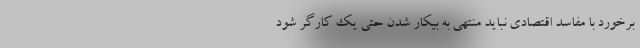
برخورد با مفاسد اقتصادی نباید منتهی به بیکار شدن حتی یک کارگر شود